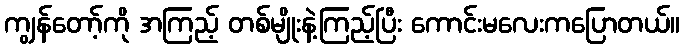
ကျွန်တော့်ကို အကြည့် တစ်မျိုးနဲ့ကြည့်ပြီး ကောင်းမလေးကပြောတယ်။